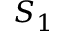
S _ { 1 }